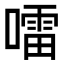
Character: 𡀂